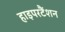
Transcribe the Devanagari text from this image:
हाइपरटैंशन